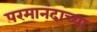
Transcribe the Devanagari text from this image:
परमानंदाच्या